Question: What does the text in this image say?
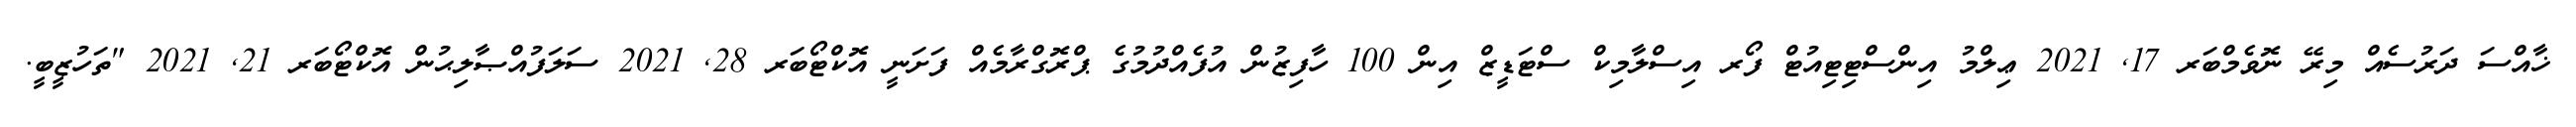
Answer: ޚާއްސަ ދަރުސެއް މިރޭ ނޮވެމްބަރ 17, 2021 ޢިލްމު އިންސްޓިޓިއުޓް ފޯރ އިސްލާމިކް ސްޓަޑީޒް އިން 100 ހާފިޒުން އުފެއްދުމުގެ ޕްރޮގްރާމެއް ފަށަނީ އޮކްޓޯބަރ 28, 2021 ސަލަފުއްޞާލިޙުން އޮކްޓޯބަރ 21, 2021 "ތަހުޒީބީ.